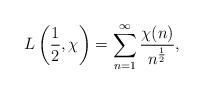
LaTeX: \begin{align*}L \left( \frac{1}{2},\chi\right) = \sum_{n=1}^\infty \frac{\chi(n)}{n^{\frac{1}{2}}},\end{align*}